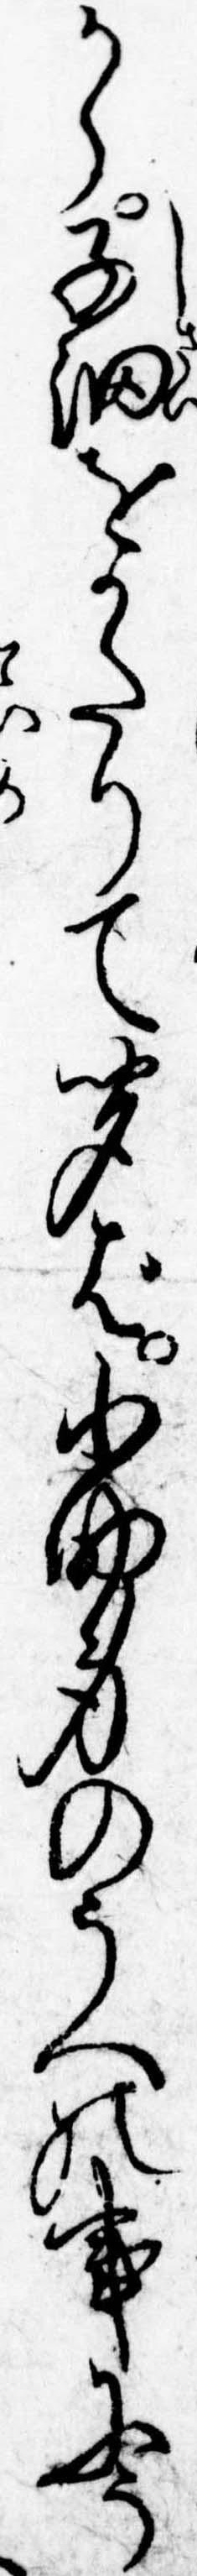
から子細をかたりて聞ば小助身のうへの事にう